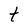
Character: t